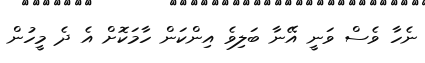
ނެހާ ވެސް ވަނީ އޭނާ ބަލިވެ އިންކަން ހާމަކޮށް އެ ދެ މީހުން